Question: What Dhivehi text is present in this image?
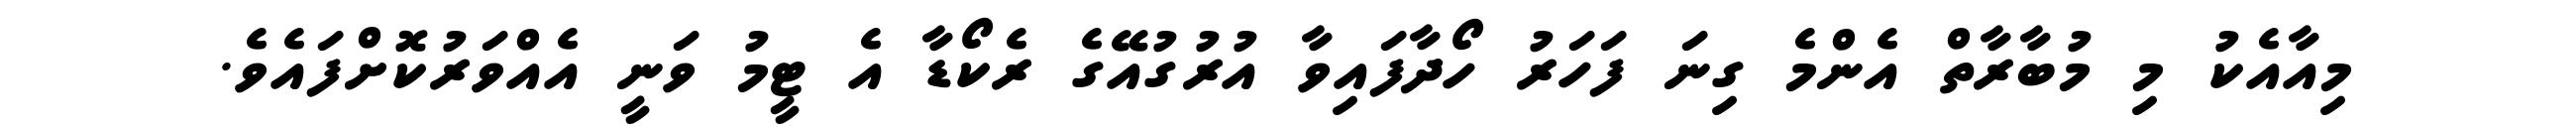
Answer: މިއާއެކު މި މުބާރާތް އެންމެ ގިނަ ފަހަރު ހޯދާފައިވާ އުރުގުއޭގެ ރެކޯޑާ އެ ޓީމު ވަނީ އެއްވަރުކޮށްފައެވެ.